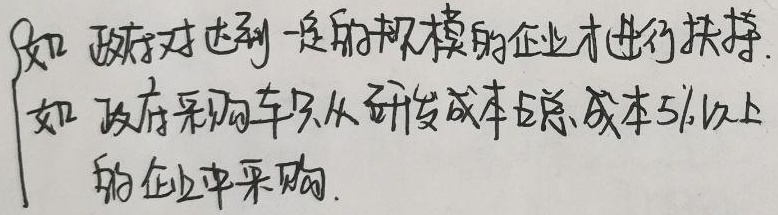
如 政府对达到一定的规模的企业才进行扶持. 如 政府采购车只从研发成本占总成本5%以上的企业中采购.